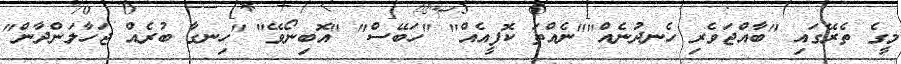
މީގެ ތެރޭގައި "ބާއްޖަވެރި ހެނދުނެއް""ނެއްތަ ކޮފީއެއް" "ހަބޭސް" "އޮބިނޯވޭ" "ހިނގާ ބުރެއް ޖަހާލަންދާން"